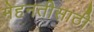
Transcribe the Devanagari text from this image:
मेहनतीसाठी